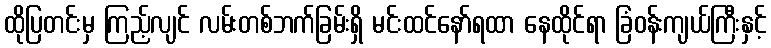
ထိုပြတင်းမှ ကြည့်လျင် လမ်းတစ်ဘက်ခြမ်းရှိ မင်းထင်နော်ရထာ နေထိုင်ရာ ခြံဝန်းကျယ်ကြီးနှင့်